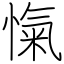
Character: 愾